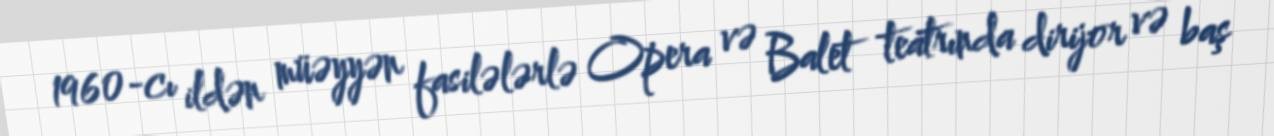
1960-cı ildən müəyyən fasilələrlə Opera və Balet teatrında dirijor və baş